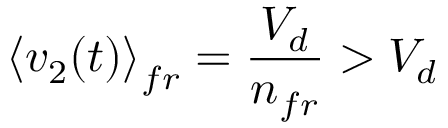
\left\langle v _ { 2 } ( t ) \right\rangle _ { f r } = \frac { V _ { d } } { n _ { f r } } > V _ { d }